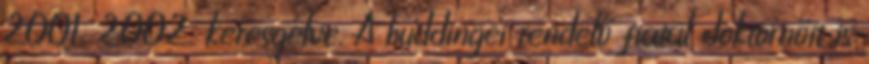
2001, 2002. keresgélve. A huddingei rendelő fiatal doktornőit is